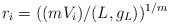
\begin{align*}r_i = ( (m V_i)/ (L, g_L) )^{1/m}\end{align*}